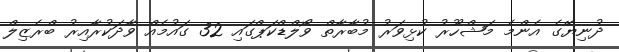
ދުނިޔޭގެ އެންމެ މަޝްހޫރު ކުޅިވަރު މުބާރާތް ވޯލްޑްކަޕްގައި 32 ގައުމެއް ވާދަކުރާއިރު ބްރެޒިލް